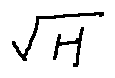
\sqrt { H }